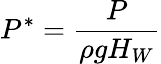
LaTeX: P^{*}=\frac{P}{\rho gH_{W}}